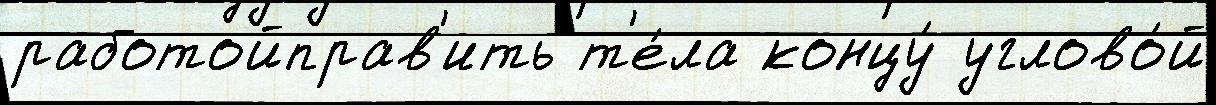
работойправ'ить т'е́ла концу́ углово́й